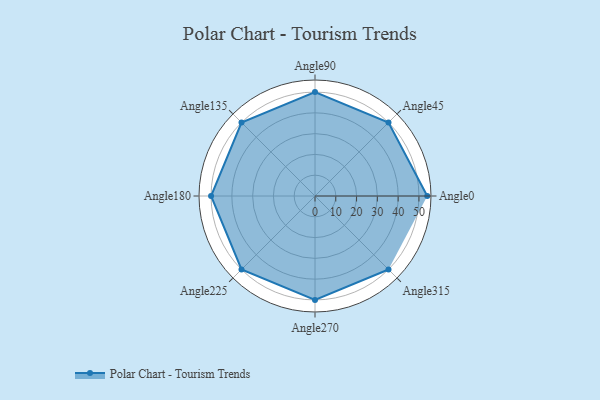
{"axis": {"x": "Angle", "y": "Radius"}, "legend": [""], "data": [{"x": "Angle0", "y": 54.0, "type": ""}, {"x": "Angle45", "y": 50, "type": ""}, {"x": "Angle90", "y": 50, "type": ""}, {"x": "Angle135", "y": 50, "type": ""}, {"x": "Angle180", "y": 50, "type": ""}, {"x": "Angle225", "y": 50, "type": ""}, {"x": "Angle270", "y": 50, "type": ""}, {"x": "Angle315", "y": 50, "type": ""}]}